Vaccination in Bombay 1913-1923 - 1913-1923
Year: 1913
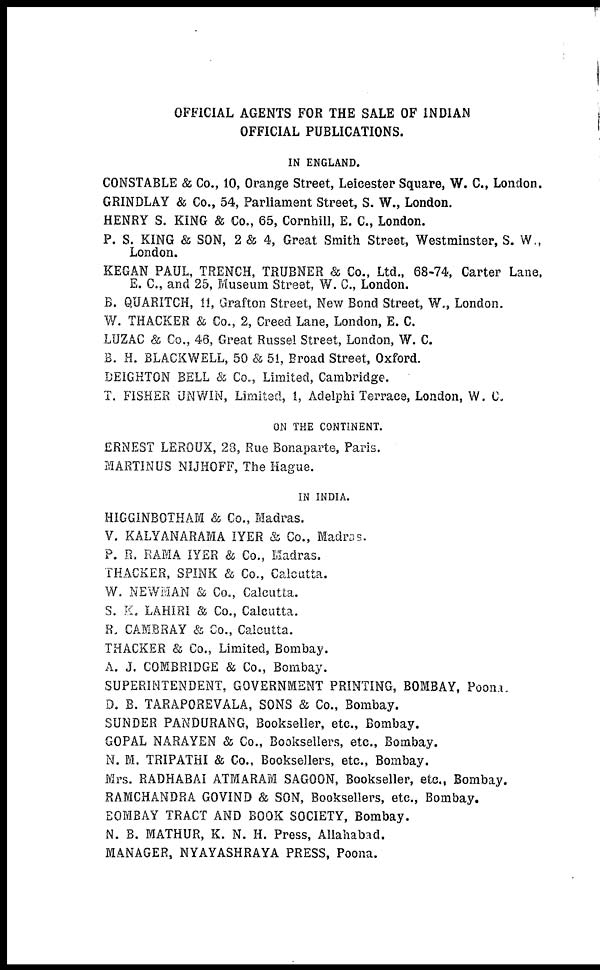
OFFICIAL AGENTS FOR THE SALE OF INDIAN
OFFICIAL PUBLICATIONS.
IN ENGLAND.
CONSTABLE & Co., 10, Orange Street, Leicester Square, W. C., London.
GRINDLAY & Co., 54, Parliament Street, S. W., London.
HENRY S. KING & Co., 65, Cornhill, E. C., London.
P. S. KING & SON, 2 & 4, Great Smith Street, Westminster, S. W.,
London.
KEGAN PAUL, TRENCH, TRUBNER & Co., Ltd., 68-74, Carter Lane,
E. C., and 25, Museum Street, W. C., London.
B. QUARITCH, 11, Grafton Street, New Bond Street, W., London.
W. THACKER & Co., 2, Creed Lane, London, E. C.
LUZAC & Co., 46, Great Russel Street, London, W. C.
B. H. BLACKWELL, 50 & 51, Broad Street, Oxford.
DEIGHTON BELL & Co.., Limited, Cambridge.
T. FISHER UNWIN, Limited, 1, Adelphi Terrace, London, W. C.
ON THE CONTINENT.
ERNEST LEROUX, 28, Rue Bonaparte, Paris.
MARTINUS NIJHOFF, The Hague.
IN INDIA.
HIGGINBOTHAM & Co., Madras.
V. KALYANARAMA IYER & Co., Madras.
P. R. RAMA IYER & Co., Madras.
THACKER, SPINK & Co., Calcutta.
W. NEWMAN & Co., Calcutta.
S. K. LAHIRI & Co., Calcutta.
R. CAMBRAY & Co., Calcutta.
THACKER & Co., Limited, Bombay.
A. J. COMBRIDGE & Co., Bombay.
SUPERINTENDENT, GOVERNMENT PRINTING, BOMBAY, Poona.
D. B. TARAPOREVALA, SONS & Co., Bombay.
SUNDER PANDURANG, Bookseller, etc., Bombay.
GOPAL NARAYEN & Co., Booksellers, etc., Bombay.
N. M. TRIPATHI & Co., Booksellers, etc., Bombay.
Mrs. RADHABAI ATMARAM SAGOON, Bookseller, etc., Bombay.
RAMCHANDRA GOVIND & SON, Booksellers, etc., Bombay.
BOMBAY TRACT AND BOOK SOCIETY, Bombay.
N. B. MATHUR, K. N. H. Press, Allahabad.
MANAGER, NYAYASHRAYA PRESS, Poona.